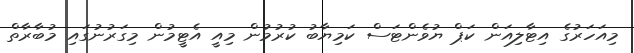
މިއަހަރުގެ އިޓާލިއަން ކަޕް ޔުވެންޓަސް ކަމިޔާބު ކުރުމުން މިއީ އެޓީމުން މިގަރުނުގައި މުބާރާތް